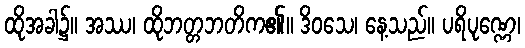
ထိုအခါ၌။ အဿ၊ ထိုဘတ္တဘတိက၏။ ဒိဝသေ၊ နေ့သည်။ ပရိပုဏ္ဏေ၊